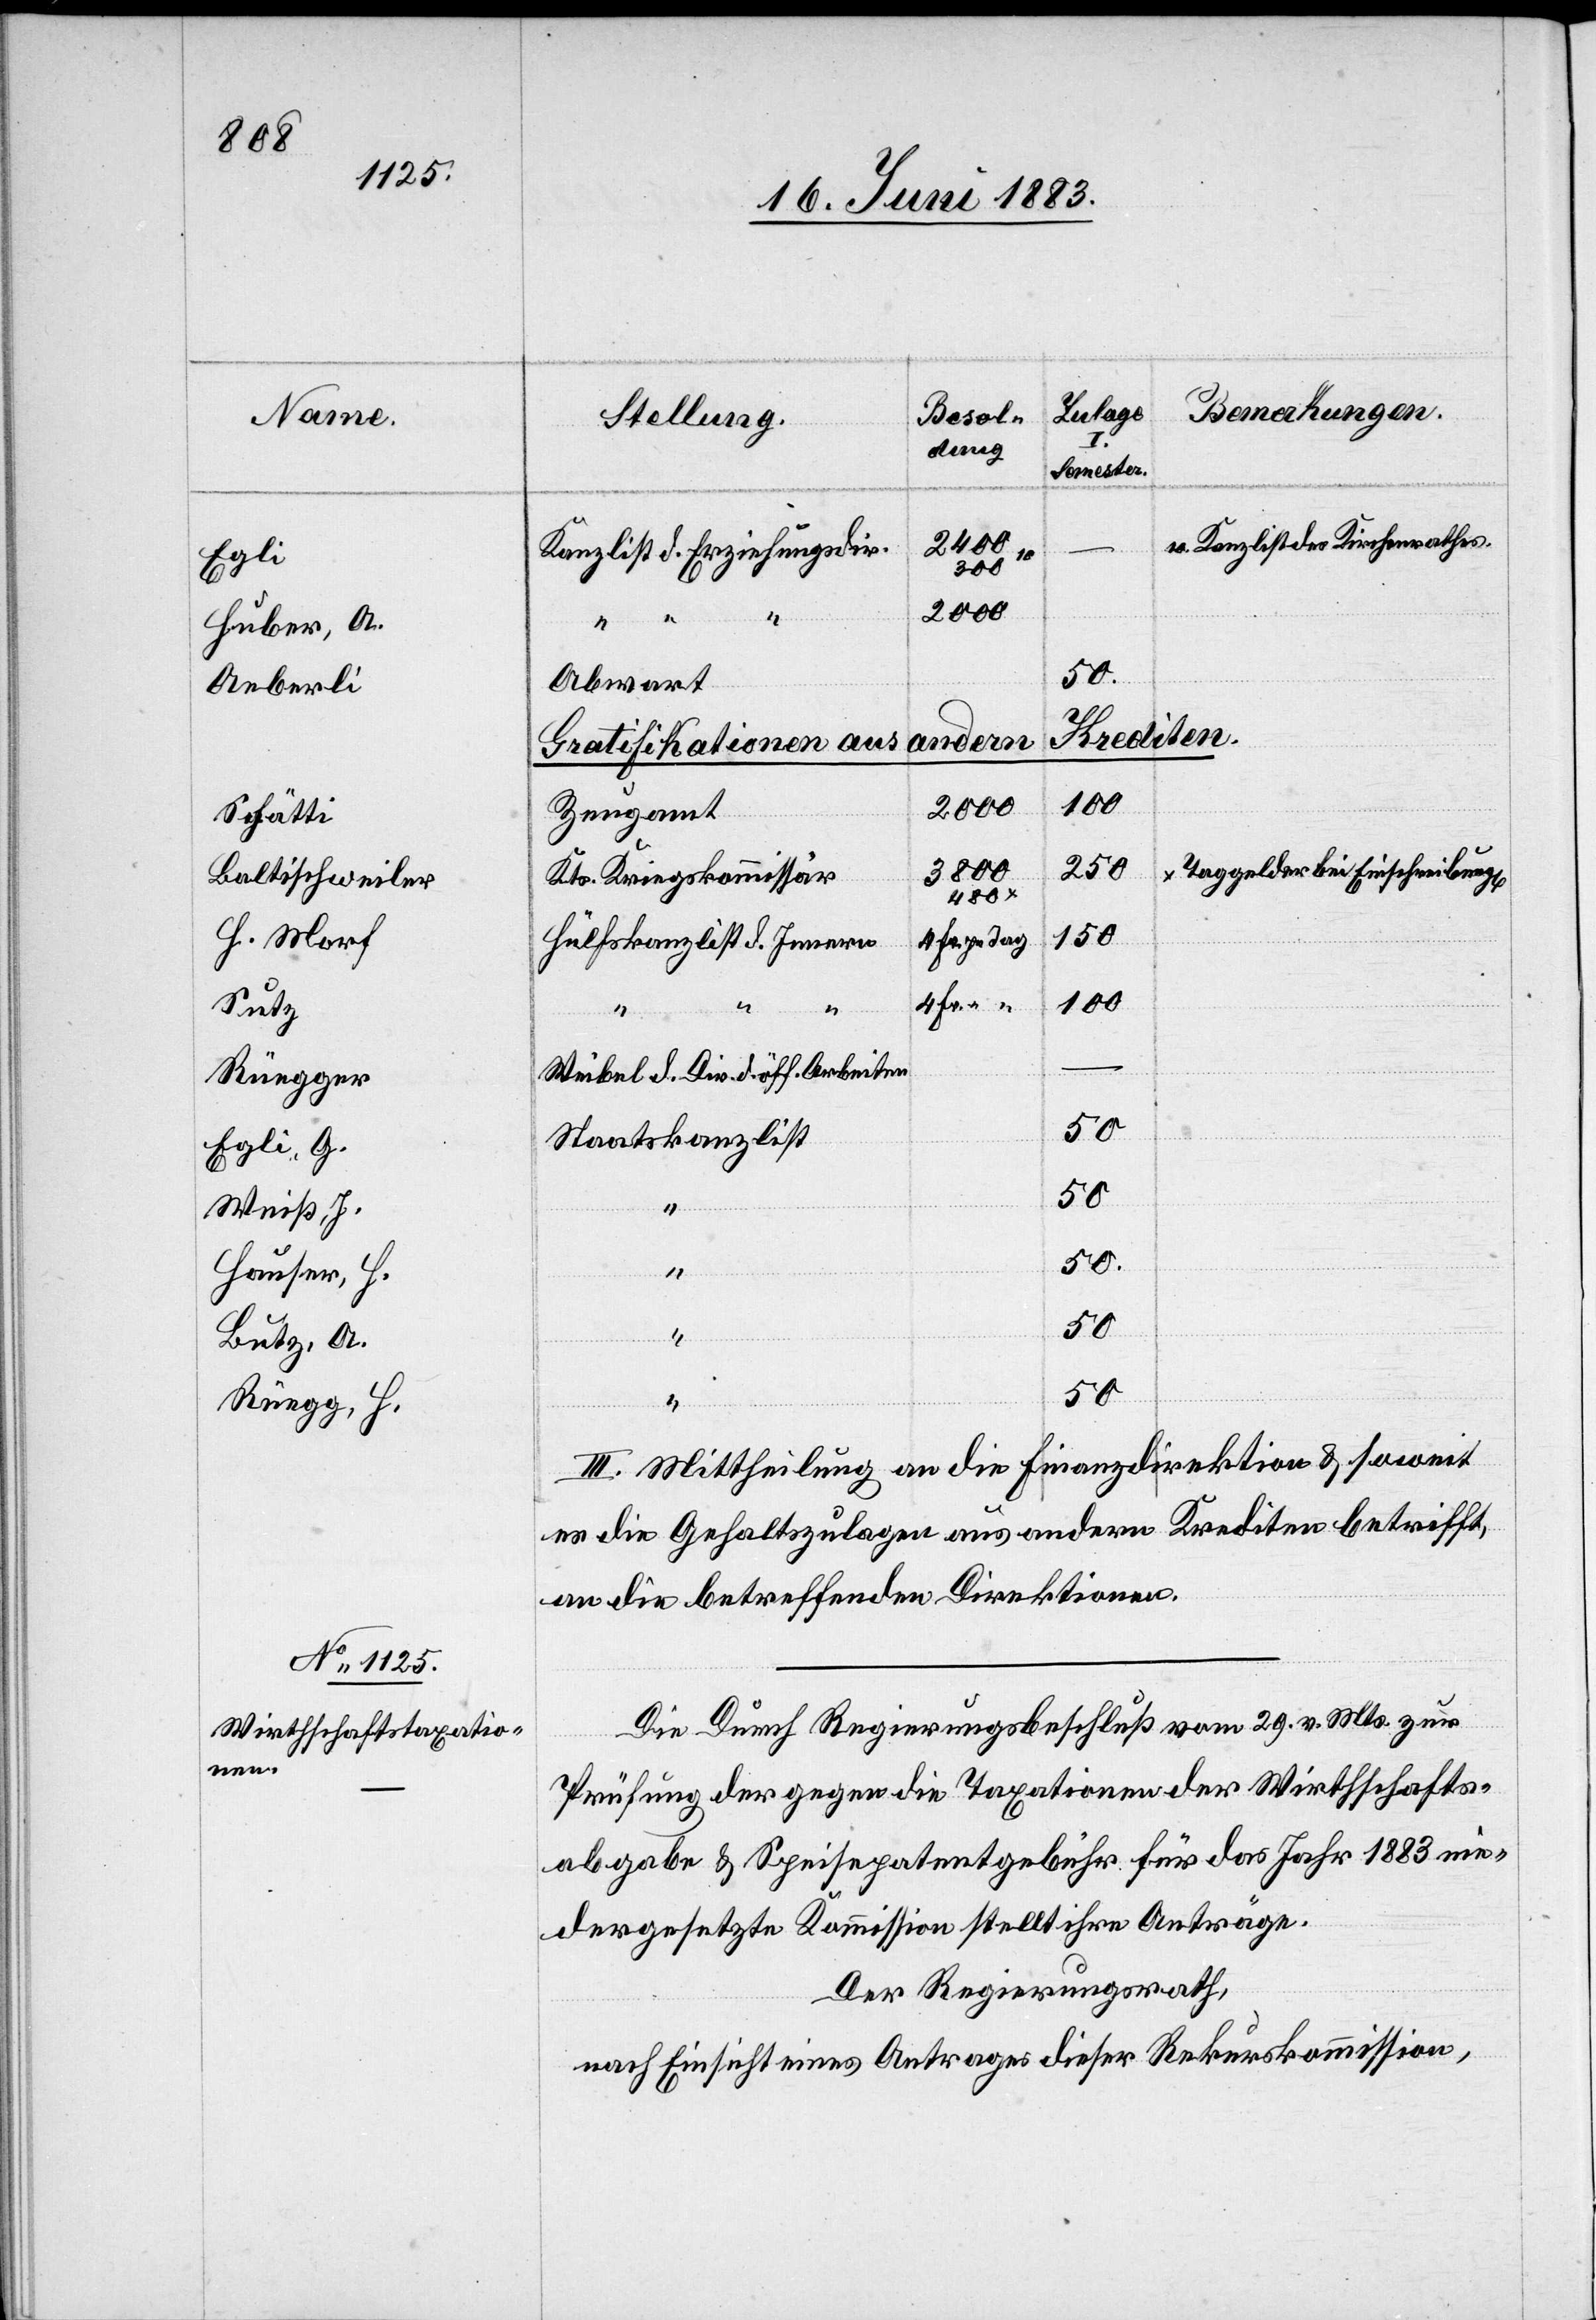
Egli
Huber, A.
Aeberli
Schätti
Baltischweiler
H. Morf
Sutz
Rüegger
Egli, G.
Weiß, J.
Hauser, H.
Butz, A.
Rüegg, H.

10 Kanzlist des Kirchenrathes
2400
Kanzlist d. Erziehungsdir.
Abwart
Krediten.
v. Mts.
Gratifikationen aus
480x
2000
zur
Zeugamt
250
3800
Kts. Kriegskommissär
150
Hülfskanzlist d. Innern
100
Weibel d. Dir. d. öff. Arbeiten
50
Staatskanzlist
50.
4
29.
“
III. Mittheilung an die Finanzdirektion & soweit
es die Gehaltszulagen aus andern Krediten betrifft,
an die betreffenden Direktionen.
Prüfung der gegen die Taxationen der Wirthschafts¬
abgabe & Speisepatentgebühr für das Jahr 1883 nie¬
dergesetzte Kommission stellt ihre Anträge.
Der Regierungsrath,
nach Einsicht eines Antrages dieser Rekurskommission,